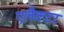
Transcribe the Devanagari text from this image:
एलैक्टर